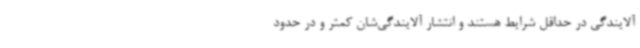
آلایندگی در حداقل شرایط هستند و انتشار آلایندگی‌شان کمتر و در حدود